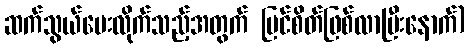
ဆက်သွယ်ပေးလိုက်သည့်အတွက် မြင်စိတ်ဖြစ်လာပြီးနောက်)